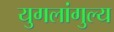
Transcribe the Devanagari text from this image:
युगलांगुल्य